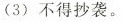
(3)不得抄袭。